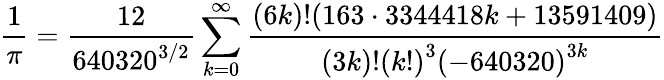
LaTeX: {\frac{1}{\pi}}={\frac{12}{640320^{3/2}}}\sum_{k=0}^{\infty}{\frac{(6k)!(163\cdot 3344418k+13591409)}{(3k)!\left(k!\right)^{3}\left(-640320\right)^{3k}}}